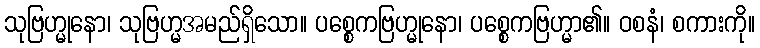
သုဗြဟ္မုနော၊ သုဗြဟ္မအမည်ရှိသော။ ပစ္စေကဗြဟ္မုနော၊ ပစ္စေကဗြဟ္မာ၏။ ဝစနံ၊ စကားကို။